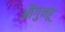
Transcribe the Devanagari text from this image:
औगुनहू